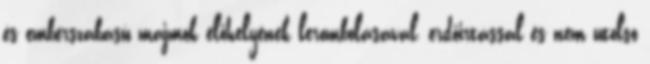
és emberszabású majmok élőhelyének lerombolásával, erdőirtással és nem utolsó